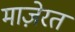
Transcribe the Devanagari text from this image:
माज़ेरत